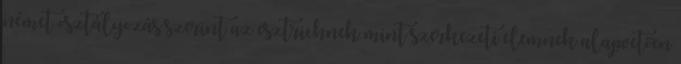
német osztályozás szerint az esztrichnek mint szerkezeti elemnek alapvetően